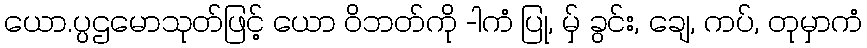
ယော.ပ္ပဌမောသုတ်ဖြင့် ယော ဝိဘတ်ကို -ါကံ ပြု, မ်ှ ခွင်း, ချေ, ကပ်, တုမှာကံ